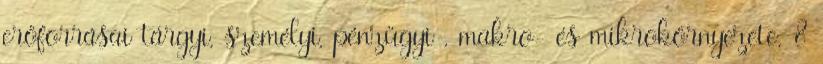
erőforrásai tárgyi, személyi, pénzügyi , makro- és mikrokörnyezete. 8